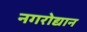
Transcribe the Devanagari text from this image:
नगरोद्यान